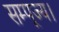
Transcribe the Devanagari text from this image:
सम्पूज्य।